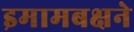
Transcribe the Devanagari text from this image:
इमामबक्षने